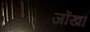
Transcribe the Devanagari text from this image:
जोंखा